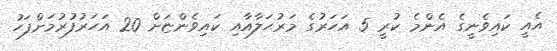
އެއީ ކައިވެނީގެ އެންމެ ކުރީ 5 އަހަރުގެ މަރުޙަލާއާއި ކައިވެންޏަށް 20 އަހަރުފުރުމަށްފަހު